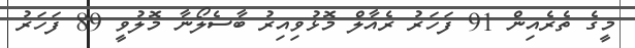
މީގެ ތެރެއިން 91 ފަހަރު ރެއާލް މޮޅުވިއިރު ބާސެލޯނާ މޮލުވީ 89 ފަހަރު